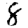
Digit: 8